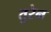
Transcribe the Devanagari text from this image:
तुरेन